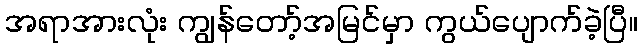
အရာအားလုံး ကျွန်တော့်အမြင်မှာ ကွယ်ပျောက်ခဲ့ပြီ။